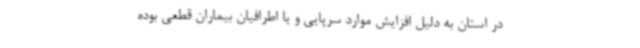
در استان به دلیل افزایش موارد سرپایی و یا اطرافیان بیماران قطعی بوده